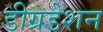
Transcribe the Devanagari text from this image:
डीग्रडेशन